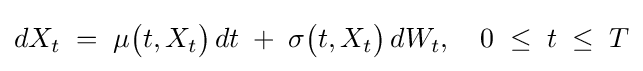
dX_{t}\;=\;\mu {\bigl (}t,X_{t}{\bigr )}\,dt\;+\;\sigma {\bigl (}t,X_{t}{\bigr )}\,dW_{t},\quad 0\;\leq \;t\;\leq \;T